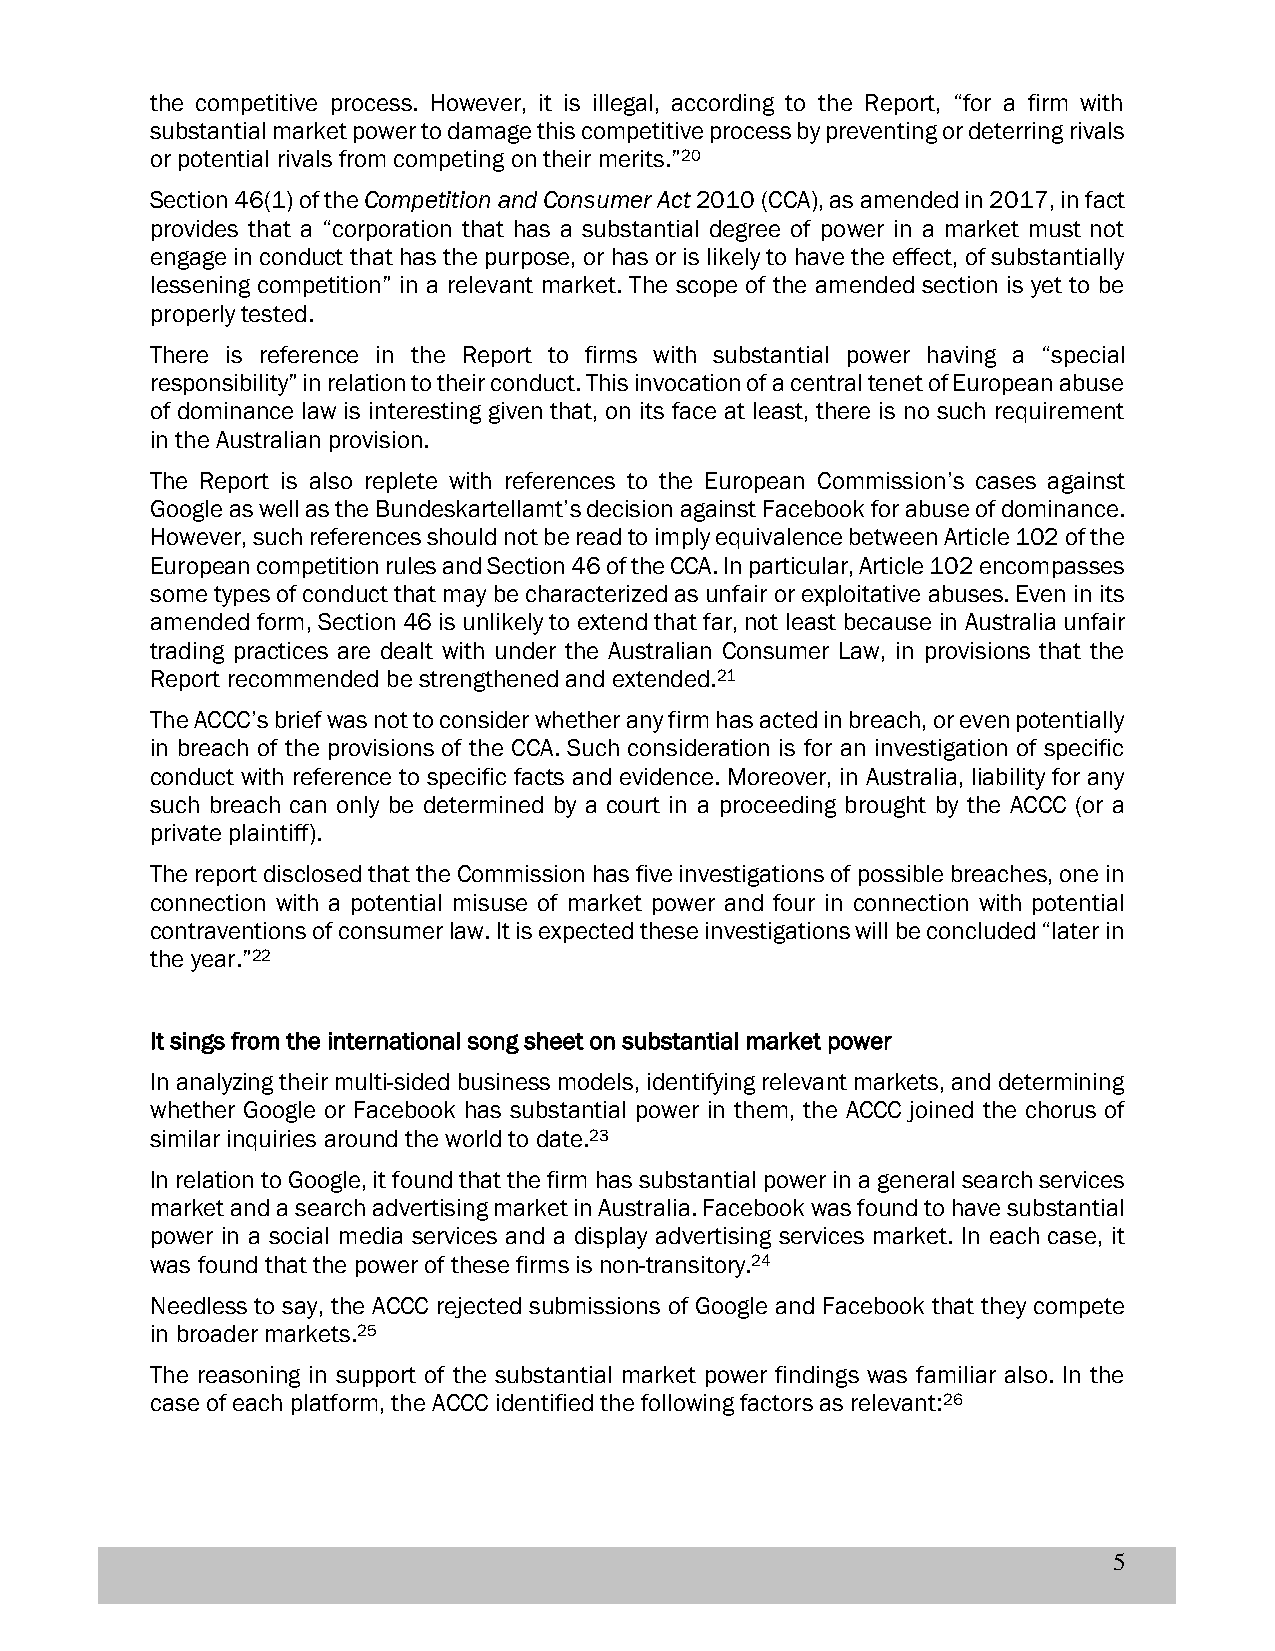
the competitive process. However, it is illegal, according to the Report, “for a firm with
 substantial market power to damage this competitive process by preventing or deterring rivals
 or potential rivals from competing on their merits.”20
 Section 46(1) of the Competition and Consumer Act 2010 (CCA), as amended in 2017, in fact
 provides that a “corporation that has a substantial degree of power in a market must not
 engage in conduct that has the purpose, or has or is likely to have the effect, of substantially
 lessening competition” in a relevant market. The scope of the amended section is yet to be
 properly tested.
 There is reference in the Report to firms with substantial power having a “special
 responsibility” in relation to their conduct. This invocation of a central tenet of European abuse
 of dominance law is interesting given that, on its face at least, there is no such requirement
 in the Australian provision.
 The Report is also replete with references to the European Commission’s cases against
 Google as well as the Bundeskartellamt’s decision against Facebook for abuse of dominance.
 However, such references should not be read to imply equivalence between Article 102 of the
 European competition rules and Section 46 of the CCA. In particular, Article 102 encompasses
 some types of conduct that may be characterized as unfair or exploitative abuses. Even in its
 amended form, Section 46 is unlikely to extend that far, not least because in Australia unfair
 trading practices are dealt with under the Australian Consumer Law, in provisions that the
 Report recommended be strengthened and extended.21
 The ACCC’s brief was not to consider whether any firm has acted in breach, or even potentially
 in breach of the provisions of the CCA. Such consideration is for an investigation of specific
 conduct with reference to specific facts and evidence. Moreover, in Australia, liability for any
 such breach can only be determined by a court in a proceeding brought by the ACCC (or a
 private plaintiff).
 The report disclosed that the Commission has five investigations of possible breaches, one in
 connection with a potential misuse of market power and four in connection with potential
 contraventions of consumer law. It is expected these investigations will be concluded “later in
 the year.”22
 It sings from the international song sheet on substantial market power
 In analyzing their multi-sided business models, identifying relevant markets, and determining
 whether Google or Facebook has substantial power in them, the ACCC joined the chorus of
 similar inquiries around the world to date.23
 In relation to Google, it found that the firm has substantial power in a general search services
 market and a search advertising market in Australia. Facebook was found to have substantial
 power in a social media services and a display advertising services market. In each case, it
 was found that the power of these firms is non-transitory.24
 Needless to say, the ACCC rejected submissions of Google and Facebook that they compete
 in broader markets.25
 The reasoning in support of the substantial market power findings was familiar also. In the
 case of each platform, the ACCC identified the following factors as relevant:26
 5